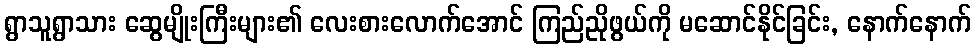
ရွာသူရွာသား ဆွေမျိုးကြီးများ၏ လေးစားလောက်အောင် ကြည်ညိုဖွယ်ကို မဆောင်နိုင်ခြင်း, နောက်နောက်